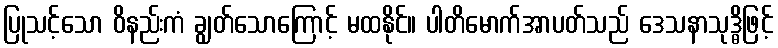
ပြုသင့်သော ဝိနည်းကံ ချွတ်သောကြောင့် မထနိုင်။ ပါတိမောက်အာပတ်သည် ဒေသနာသုဒ္ဓိဖြင့်